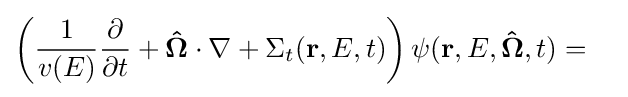
\left({\frac {1}{v(E)}}{\frac {\partial }{\partial t}}+\mathbf {\hat {\Omega }} \cdot \nabla +\Sigma _{t}(\mathbf {r} ,E,t)\right)\psi (\mathbf {r} ,E,\mathbf {\hat {\Omega }} ,t)=\quad